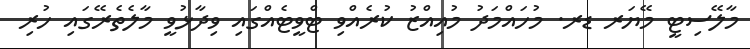
މާލޭސިޓީ މޭޔަރ ޑރ. މުހައްމަދު މުއިއްޒު ކުރެއްވި ޓްވީޓެއްގައި ވިދާޅުވީ މާލެތެރޭގައި ހުރި